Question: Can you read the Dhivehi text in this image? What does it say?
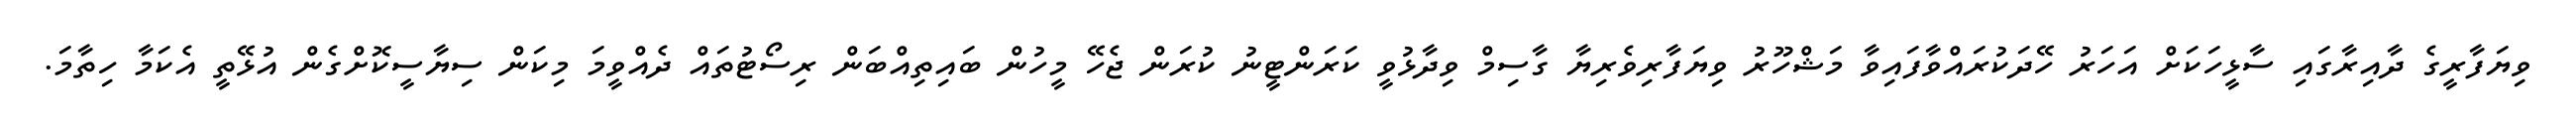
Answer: ވިޔަފާރީގެ ދާއިރާގައި ސާޅީހަކަށް އަހަރު ހޭދަކުރައްވާފައިވާ މަޝްހޫރު ވިޔަފާރިވެރިޔާ ގާސިމް ވިދާޅުވީ ކަރަންޓީނު ކުރަން ޖެހޭ މީހުން ބައިތިއްބަން ރިސޯޓުތައް ދެއްވީމަ މިކަން ސިޔާސީކޮށްގެން އުޅޭތީ އެކަމާ ހިތާމަ.